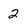
Character: 2